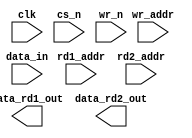
////////////////////////////////////////////////////////////////////////////////
//
//       This confidential and proprietary software may be used only
//     as authorized by a licensing agreement from Synopsys Inc.
//     In the event of publication, the following notice is applicable:
//
//                    (C) COPYRIGHT 1999 - 2023 SYNOPSYS INC.
//                           ALL RIGHTS RESERVED
//
//       The entire notice above must be reproduced on all authorized
//     copies.
//
//
// VERSION:   Simulation Architecture
//
// DesignWare_version: f99eb27c
// DesignWare_release: U-2022.12-DWBB_202212.5
//
////////////////////////////////////////////////////////////////////////////////
//----------------------------------------------------------------------
// ABSTRACT:  Synch Write, Asynch Dual Read RAM (Flip-Flop Based)
//            (flip flop memory array)
//            legal range:  depth        [ 2 to 256 ]
//            legal range:  data_width   [ 1 to 256 ]
//            Input data: data_in[data_width-1:0]
//            Output data from read1: data_rd1_out[data_width-1:0]
//            Output data from read2: data_rd2_out[data_width-1:0]
//            Read1 Address: rd1_addr[addr_width-1:0]
//            Read2 Address: rd2_addr[addr_width-1:0]
//            Write Address: wr_addr[addr_width-1:0]
//            write enable (active low): wr_n
//            chip select (active low): cs_n
//            clock:clk
//
//	MODIFIED:
//		092299	Jay Zhu		Rewrote for STAR91151
//              10/18/00  RPH       Rewrote accoding to new guidelines 
//                                  STAR 111067   
//              2/18/09   RJK       Removed non-existent parameter, rst_mode
//				    STAR 9000294457
//----------------------------------------------------------------------

module DW_ram_2r_w_s_lat (clk, cs_n, wr_n, rd1_addr, rd2_addr, wr_addr, 
			  data_in, data_rd1_out, data_rd2_out);

   parameter integer data_width = 4;
   parameter integer depth = 8;

`define DW_addr_width ((depth>16)?((depth>64)?((depth>128)?8:7):((depth>32)?6:5)):((depth>4)?((depth>8)?4:3):((depth>2)?2:1)))

   input [data_width-1:0] data_in;
   input [`DW_addr_width-1:0] rd1_addr;
   input [`DW_addr_width-1:0] rd2_addr;
   input [`DW_addr_width-1:0] wr_addr;
   input 		   wr_n;
   input 		   cs_n;
   input 		   clk;

   output [data_width-1:0] data_rd1_out;
   output [data_width-1:0] data_rd2_out;

// synopsys translate_off
   wire [data_width-1:0]   data_in_int;
   reg [data_width-1:0]    mem [depth-1:0];

   integer 		   i;

   function	any_unknown;
      input[`DW_addr_width-1:0] addr;
      integer	bit_idx;
      begin
	 any_unknown = 1'b0;

	 for (bit_idx=`DW_addr_width-1;
	      bit_idx>=0 && any_unknown==1'b0;
	      bit_idx=bit_idx-1)
	 begin
	    if (addr[bit_idx] !== 1'b0 && addr[bit_idx] !== 1'b1)
	      begin
		 any_unknown = 1'b1;
	      end
	 end
      end
   endfunction


  
 
  initial begin : parameter_check
    integer param_err_flg;

    param_err_flg = 0;
    
	    
  
    if ( (data_width < 1) || (data_width > 256) ) begin
      param_err_flg = 1;
      $display(
	"ERROR: %m :\n  Invalid value (%d) for parameter data_width (legal range: 1 to 256)",
	data_width );
    end
  
    if ( (depth < 2) || (depth > 256 ) ) begin
      param_err_flg = 1;
      $display(
	"ERROR: %m :\n  Invalid value (%d) for parameter depth (legal range: 2 to 256 )",
	depth );
    end


  
    if ( param_err_flg == 1) begin
      $display(
        "%m :\n  Simulation aborted due to invalid parameter value(s)");
      $finish;
    end

  end // parameter_check 


   assign data_rd1_out = rd1_addr < depth ? 
		     (any_unknown(rd1_addr) ? 
		      {data_width{1'bx}} : mem[rd1_addr]) : {data_width{1'b0}};
   assign data_rd2_out = rd2_addr < depth ? 
		     (any_unknown(rd2_addr) ? 
		      {data_width{1'bx}} : mem[rd2_addr]) : {data_width{1'b0}};
   
   assign data_in_int = (any_unknown(data_in)) ? {data_width{1'bx}} : data_in;
   
   always @(clk or cs_n or wr_n or wr_addr or data_in_int)
     begin : mk_mem
	if (clk === 1'b0) begin 
	   if (cs_n === 1'b1) begin
	      // do nothing
	   end
	   else if (cs_n === 1'b0) begin
	      if (wr_n === 1'b0) begin
		 if (any_unknown(wr_addr) == 1'b1) begin
		    for (i = 0; i < depth; i = i + 1) begin
		       mem[i] = {data_width{1'bx}};
		    end 
		 end
		 else begin
		    mem[wr_addr] = data_in_int;
		 end // else: !if(any_unknown(wr_addr) == 1'b1)
	      end // if (wr_n === 1'b0)
	      else if (wr_n === 1'b1) begin
		 // do nothing
	      end
	      else begin
		 if (any_unknown(wr_addr) == 1'b1) begin
		    for (i = 0; i < depth; i = i + 1) begin
		       mem[i] = {data_width{1'bx}};
		    end 
		 end
		 else begin
		    mem[wr_addr] = {data_width{1'bx}};
		 end // else: !if(any_unknown(wr_addr) == 1'b1)
	      end // if (cs_n === 1'b0)
	   end // if (cs_n === 1'b0)
	   else begin
	      if (wr_n === 1'b0) begin
		 if (any_unknown(wr_addr) == 1'b1) begin
		    for (i = 0; i < depth; i = i + 1) begin
		       mem[i] = {data_width{1'bx}};
		    end 
		 end
		 else begin
		    mem[wr_addr] = {data_width{1'bx}};
		 end // else: !if(any_unknown(wr_addr) == 1'b1)
	      end // if (wr_n === 1'b0)
	      else if (wr_n === 1'b1) begin
		 //do nothing
	      end
	      else begin
		 if (any_unknown(wr_addr) == 1'b1) begin
		    for (i = 0; i < depth; i = i + 1) begin
		       mem[i] = {data_width{1'bx}};
		    end 
		 end
		 else begin
		    mem[wr_addr] = {data_width{1'bx}};
		 end // else: !if(any_unknown(wr_addr) == 1'b1)
	      end // else: !if(wr_n === 1'b1)
	   end // if (wr_n === 1'b0)
	end // if (clk === 1'b0)
	else begin
	   // do nothing
	end
     end // block: mk_mem
   
   
`ifndef DW_DISABLE_CLK_MONITOR
`ifndef DW_SUPPRESS_WARN
  always @ (clk) begin : clk_monitor 
    if ( (clk !== 1'b0) && (clk !== 1'b1) && ($time > 0) )
      $display ("WARNING: %m:\n at time = %0t: Detected unknown value, %b, on clk input.", $time, clk);
    end // clk_monitor 
`endif
`endif
// synopsys translate_on
   
`undef DW_addr_width
endmodule // DW_ram_2r_w_s_lat